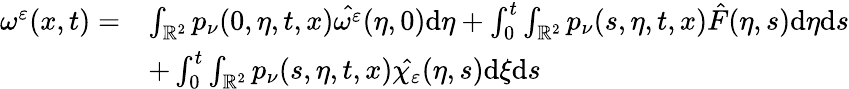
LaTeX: \begin{array}{rl}{\omega^{\varepsilon}(x,t)=}&{\int_{\mathbb{R}^{2}}p_{\nu}(0,\eta,t,x)\hat{\omega^{\varepsilon}}(\eta,0)\mathrm{d}\eta+\int_{0}^{t}\int_{\mathbb{R}^{2}}p_{\nu}(s,\eta,t,x)\hat{F}(\eta,s)\mathrm{d}\eta\mathrm{d}s}\\ &{+\int_{0}^{t}\int_{\mathbb{R}^{2}}p_{\nu}(s,\eta,t,x)\hat{\chi_{\varepsilon}}(\eta,s)\mathrm{d}\xi\mathrm{d}s}\end{array}